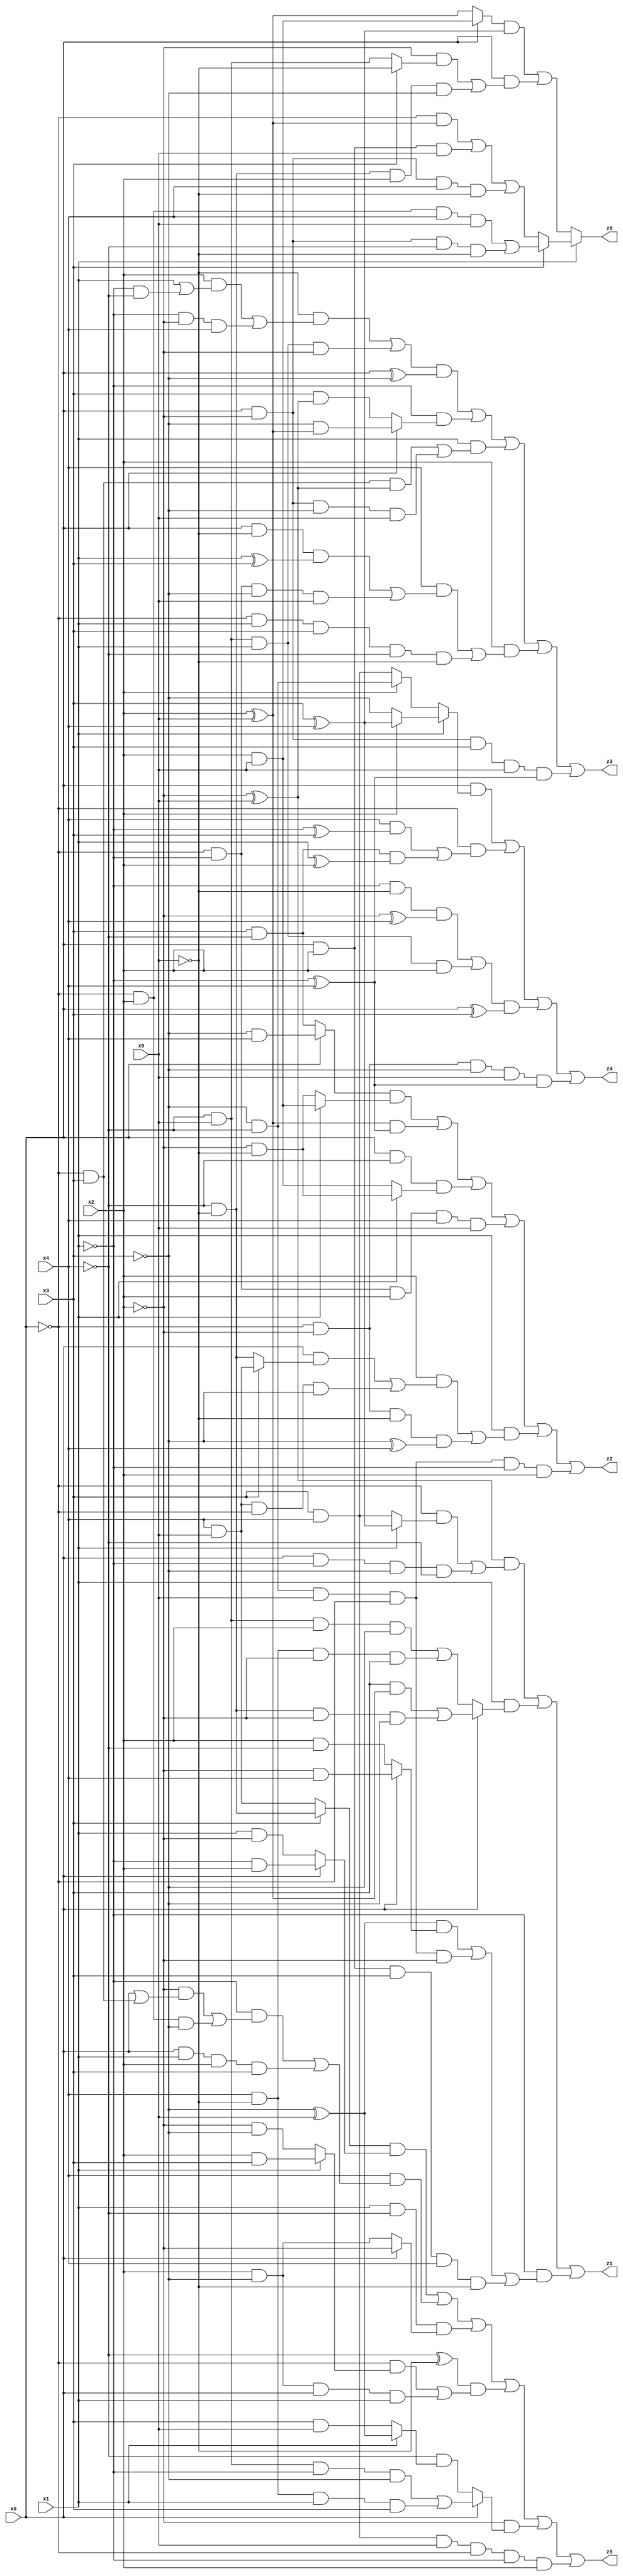
// Benchmark "X_22" written by ABC on Thu Jun 29 04:06:59 2023

module X_45 ( 
    x0, x1, x2, x3, x4, x5,
    z0, z1, z2, z3, z4, z5  );
  input  x0, x1, x2, x3, x4, x5;
  output z0, z1, z2, z3, z4, z5;
  assign z0 = x1 ? (x3 ? ((~x0 & x2 & x4 & x5) | (x0 & ~x2 & ~x4 & ~x5)) : ((~x0 & (x2 ^ x5)) | (x0 & x2 & x5) | (x0 & ~x2 & x4 & ~x5))) : (((x0 ? (x2 & x5) : (x2 ^ x5)) & (x3 ^ x4)) | (x0 & ((~x2 & (x3 ? ~x5 : (~x4 & x5))) | (~x4 & ~x5 & x2 & ~x3))));
  assign z1 = ((~x2 ^ x5) & ((~x0 & (x1 ? (x3 ^ x4) : (x3 & x4))) | (x0 & ~x1 & ~x3 & ~x4))) | (x1 & (x0 ? ((x3 & (x2 ^ x5)) | (~x4 & ~x5 & ~x2 & ~x3)) : ((~x4 & x5 & x2 & ~x3) | (x4 & ~x5 & ~x2 & x3)))) | (~x1 & (((~x3 ^ x5) & (x0 ? (~x2 & x4) : (x2 & ~x4))) | (~x3 & ~x4 & x5 & ~x0 & ~x2) | (x0 & x2 & x3 & x4 & ~x5)));
  assign z2 = ((x0 ? (~x3 & x4) : (x3 & ~x4)) & (x1 ? (x2 & x5) : (~x2 & ~x5))) | ((x2 ^ x5) & (~x1 ^ x4)) | (x0 & ~x4 & (x1 ? (~x2 & ~x5) : (x2 & x5))) | (~x0 & ~x1 & x2 & x4 & x5) | (x1 & ((x2 & ((x0 & (x3 ? (x4 & x5) : (~x4 & ~x5))) | (x4 & x5 & ~x0 & ~x3))) | (~x0 & ~x2 & ~x5 & (~x3 ^ x4)))) | (~x3 & ~x4 & x5 & ~x0 & ~x1 & x2);
  assign z3 = (((~x5 & ((x2 & (x1 | (~x1 & ~x4))) | (~x1 & ~x2 & x4))) | (~x4 & x5 & x1 & ~x2)) & (x0 ^ ~x3)) | (~x1 & (x0 ? (~x3 & (x2 ^ x5)) : (x3 & (~x2 ^ x5)))) | (x1 & ((~x0 & x3 & (~x2 ^ x5)) | (x0 & ~x2 & ~x3 & x5))) | (x2 & ((x4 & ((x0 & ~x5 & (x1 ^ x3)) | (~x0 & ~x1 & ~x3 & x5))) | (~x0 & x1 & x3 & ~x4 & ~x5))) | (x0 & ~x2 & x3 & x5 & (~x1 ^ x4));
  assign z4 = (x0 & (x1 ? (x2 ? (x3 ^ x4) : ~x3) : (x2 ? (~x3 & ~x4) : (x3 & x4)))) | (~x0 & ((x4 & (~x1 ^ x3)) | (x3 & ~x4 & (x1 ^ x2)))) | (((~x1 & ~x5 & (~x2 ^ x4)) | (~x4 & x5 & x1 & x2)) & (x0 ^ x3)) | (~x0 & ~x2 & ~x3 & x5 & (~x1 ^ x4));
  assign z5 = ((x3 ? (~x4 & ~x5) : (x4 & x5)) & (x0 ? (~x1 & x2) : (x1 & ~x2))) | (x4 & ((~x1 & ((~x2 & (x0 | (~x0 & x3))) | (~x0 & x2 & ~x3))) | (x0 & x1 & x2 & x3))) | (x1 & ~x4 & (x0 ? ~x2 : (x2 & ~x3))) | ((~x4 ^ ~x5) & ((~x0 & (x1 ? (x2 & x3) : (~x2 & ~x3))) | (x2 & ~x3 & x0 & x1))) | (~x2 & (x0 ? ((~x4 & x5 & ~x1 & ~x3) | (x4 & ~x5 & x1 & x3)) : (~x4 & (x1 ? (~x3 ^ x5) : (x3 & x5))))) | (x3 & x4 & x5 & ~x0 & ~x1 & x2);
endmodule